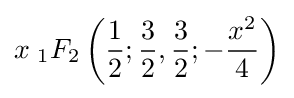
x\;{}_{1}F_{2}\left({\frac {1}{2}};{\frac {3}{2}},{\frac {3}{2}};-{\frac {x^{2}}{4}}\right)